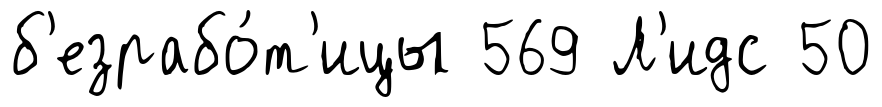
б'езрабо́т'ицы 569 Л'идс 50